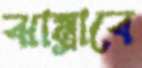
ঝাম্‌রাবে